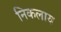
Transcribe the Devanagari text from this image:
निकलाय